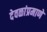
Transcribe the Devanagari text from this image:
देवळांप्रमाणे